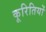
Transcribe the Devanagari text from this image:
कूरितियों